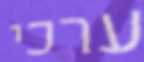
ערכי